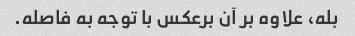
بله، علاوه بر آن برعکس با توجه به فاصله.